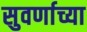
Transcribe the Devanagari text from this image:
सुवर्णाच्या